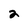
Character: 2